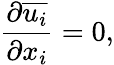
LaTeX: \frac{\partial{\overline{{u_{i}}}}}{\partial{x_{i}}}=0,